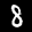
Label: 8